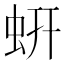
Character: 蚈